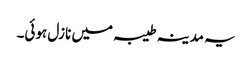
یہ مدینہ طیبہ میں نازل ہوئی۔